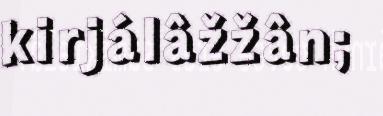
kirjálâžžân;